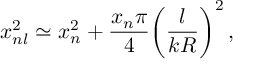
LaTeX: x _ { n l } ^ { 2 } \simeq x _ { n } ^ { 2 } + { \frac { x _ { n } \pi } { 4 } } \bigg ( { \frac { l } { k R } } \bigg ) ^ { 2 } \, ,